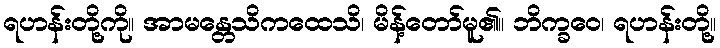
ရဟန်းတို့ကို။ အာမန္တေသိကထေသိ၊ မိန့်တော်မူ၏။ ဘိက္ခဝေ၊ ရဟန်းတို့။